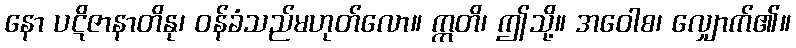
နော ပဋိဇာနာတိနု၊ ဝန်ခံသည်မဟုတ်လော။ ဣတိ၊ ဤသို့။ အဝေါစ၊ လျှောက်၏။